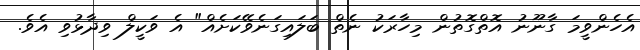
އެހެންވީމަ ގާނޫނު އޮތްގޮތުން މިހާރަކު ނެތް ބަލައިގަނެވޭކަށެއް" އެ ވަކީލް ވިދާޅުވި އެވެ.